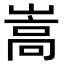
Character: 嵩